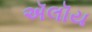
ઍલૉય